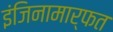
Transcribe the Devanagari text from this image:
इंजिनामार्फत